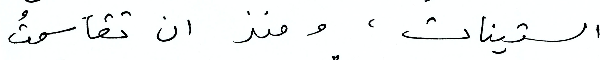
الستينات، ومنذ ان تقاسمتُ